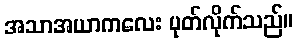
အသာအယာကလေး ပုတ်လိုက်သည်။